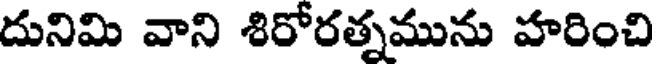
దునిమి వాని శిరోరత్నమును హరించి